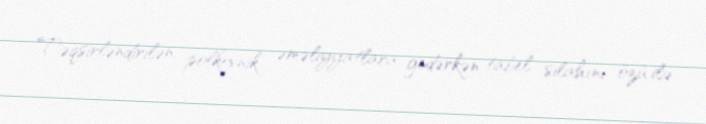
Təqsirləndirilən polkovnik əməliyyatlara gedərkən tabel silahını özü ilə